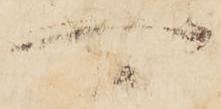
可